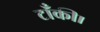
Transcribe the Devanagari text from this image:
टाँकी।